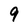
Character: 9